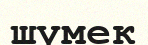
шүмек